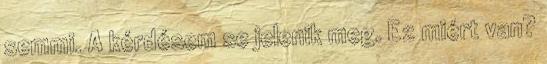
semmi. A kérdésem se jelenik meg. Ez miért van?